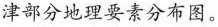
津部分地理要素分布图。